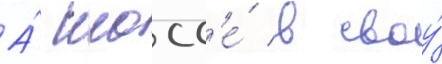
А́ шосс'е́ в своу́